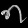
Digit: ၈